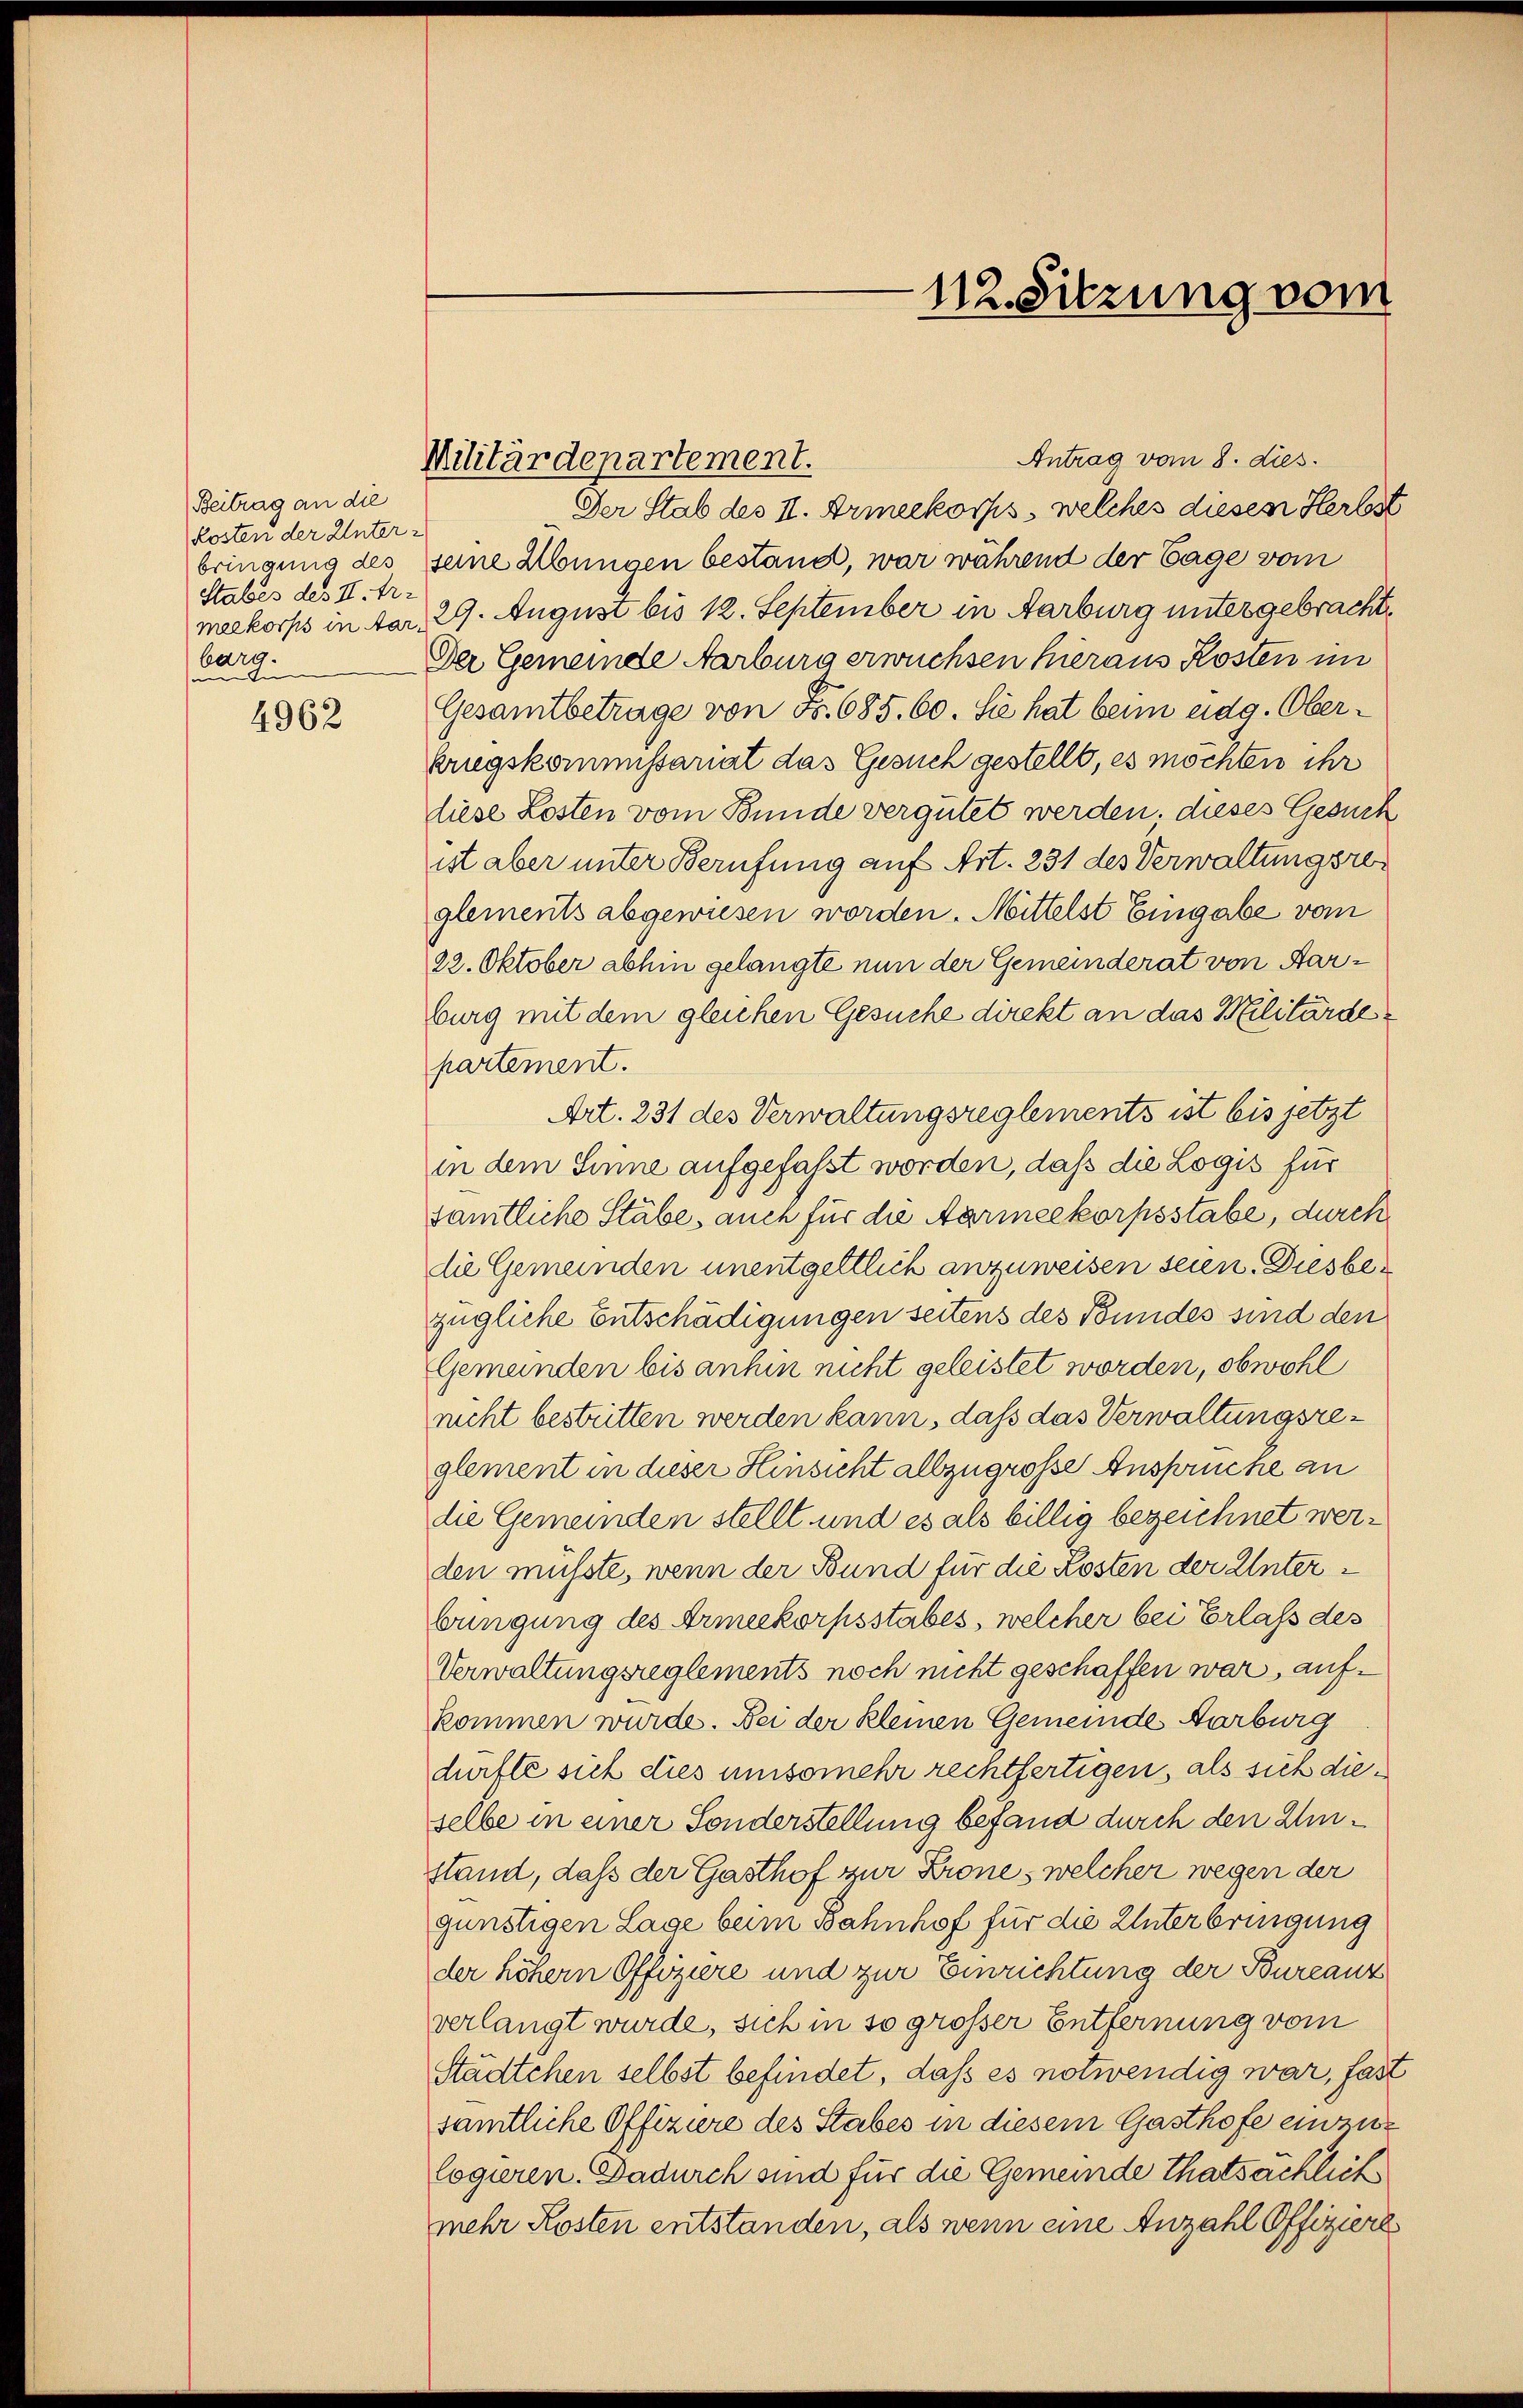
Beitrag an die
kosten der Unter
bringung des
Stabes des II. Tr
meekorps in Aar
barg.
In
in

4962

Militärdepartement.

Antrag vom 8. dies
Der Stab des II. Armeekorps, welches diesen Herbst
¬
seine Hungen bestand, war während der Tage vom
29. Augusi bis 12. September in Aarburg untergebracht,
Der Gemeinde Aarburg erwuchsen hieraus Kosten in
Gesamtbetrage von Fr. 685. 60. Sie hat beim eidg. Oberkriegskommissariat das Gesuch gestellt, es möchten ihr
diese Losten vom Bunde vergütet werden. dieses Gesuch
ist aber unter Berufung auf Art. 231 des Verwaltungsre
glements abgewiesen worden. Mittelst Eingabe vom
22. Oktober abhin gelangte nun der Gemeinderat von Aarburg mit dem gleichen Gesuche direkt an das Militärdepartement.
Art. 231 des Verwaltungsreglements ist bis jetzt
in dem Sinne aufgefasst worden, daß die Logis für
sämtliche Stäbe, auch für die Aarmeekorpsstabe, durch
die Gemeinden unentgeltlich anzuweisen seien. Diesbezügliche Entschädigungen seitens des Bundes sind den
Gemeinden bis anhin nicht geleistet worden, obwohl
rucht bestritten werden kann, daß das Verwaltungsreglement in dieser Hinsicht allzugroße Ansprüche an
die Gemeinden stellt und es als billig bezeichnet werden musste, wenn der Bund für die Kosten der Unterbüngung des Armeekorpsstabes, welcher bei Erlass des
Verwaltungsreglements noch nicht geschaffen war, aufkommen wurde. Bei der Kleinen Gemeinde Aarburg
dürfte sich dies umsomehr rechtfertigen, als sich dieselbe in einer Sonderstellung befand durch den Umstand, daß der Gasthof zur Krone, welcher wegen der
günstigen Lage beim Bahnhof für die Unterbringung
der höhern Offiziere und zur Einrichtung der Bureauz
verlangt wurde, sich in so grosser Entfernung vom
Städtchen selbst befindet, daß es notwendig war, fast
sämtliche Offiziere des Stabes in diesem Gasthofe einzulogieren. Dadurch sind für die Gemeinde Thatsächlich
mehr Kosten entstanden, als wenn eine Anzahl Offiziere

112. Sitzung vom